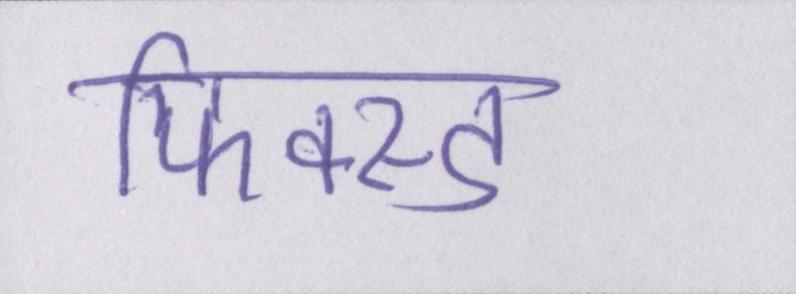
फिक्स्ड